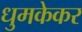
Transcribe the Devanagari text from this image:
धुमकेकर